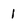
Character: 1